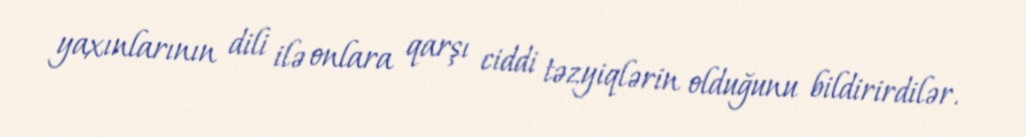
yaxınlarının dili ilə onlara qarşı ciddi təzyiqlərin olduğunu bildirirdilər.